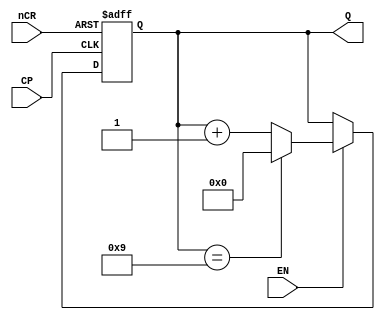


//counter10
module counter10(Q,nCR,EN,CP);
	input nCR,EN,CP;
	output [3:0] Q;
	reg	[3:0] Q;
	
	always @(posedge CP or negedge nCR)
	begin
		if (~nCR)	Q<=4'b00;   //Asynchronous clear
		else if(~EN) Q<=Q;		//counting pause
		else if(Q==4'b1001)
			Q<=4'B00;	
		else 
			Q<=Q+1'b1;			//counter+1	
	end
endmodule